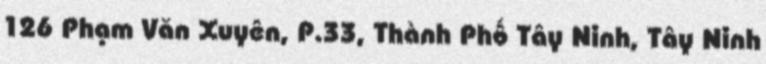
126 Phạm Văn Xuyên, P.33, Thành Phố Tây Ninh, Tây Ninh